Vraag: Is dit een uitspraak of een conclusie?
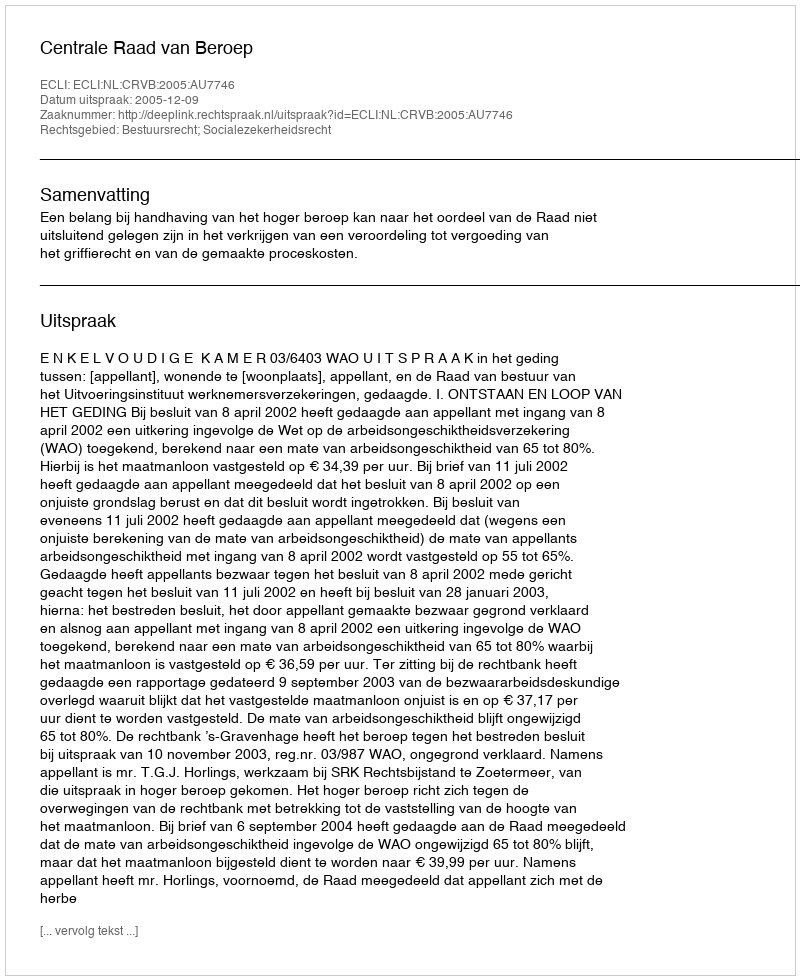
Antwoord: Uitspraak